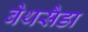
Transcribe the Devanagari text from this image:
बेथसैडा